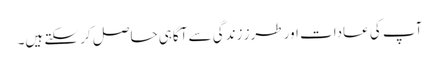
آپ کی عادات اور طرز زندگی سے آگاہی حاصل کر سکتے ہیں۔